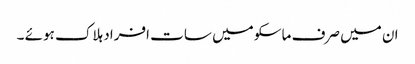
ان میں صرف ماسکو میں سات افراد ہلاک ہوئے ۔